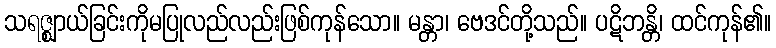
သရဇ္ဈာယ်ခြင်းကိုမပြုလည်လည်းဖြစ်ကုန်သော။ မန္တာ၊ ဗေဒင်တို့သည်။ ပဋိဘန္တိ၊ ထင်ကုန်၏။